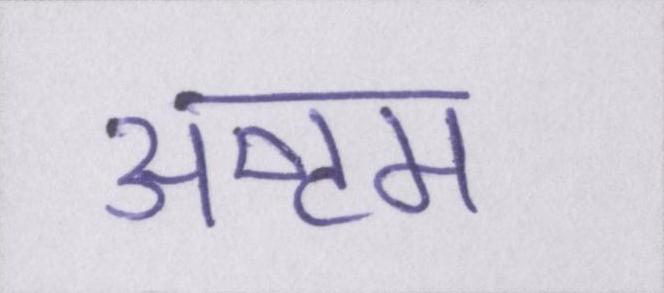
अष्टम